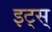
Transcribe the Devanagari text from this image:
इट्स्